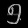
Digit: ၅